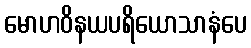
မောဟဝိနယပရိယောသာနံပေ